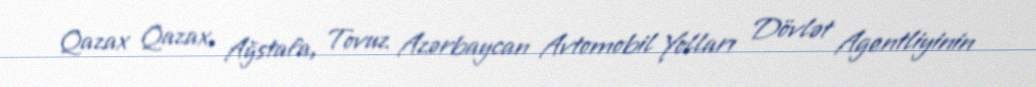
Qazax Qazax, Ağstafa, Tovuz Azərbaycan Avtomobil Yolları Dövlət Agentliyinin